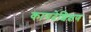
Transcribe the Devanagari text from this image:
कायदेशिक्षण